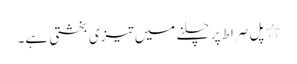
٭ پل صراط پر چلنے میں تیزی بخشتی ہے۔